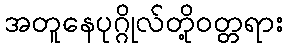
အတူနေပုဂ္ဂိုလ်တို့ဝတ္တရား